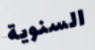
السنوية